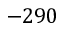
- 2 9 0